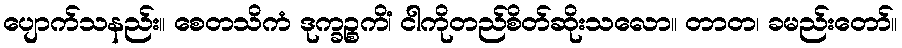
ပျောက်သနည်း။ စေတသိကံ ဒုက္ခဉ္စကိံ၊ ငါကိုတည်စိတ်ဆိုးသလော။ တာတ၊ ခမည်းတော်။